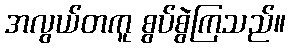
အလွယ်တကူ စွပ်စွဲကြသည်။